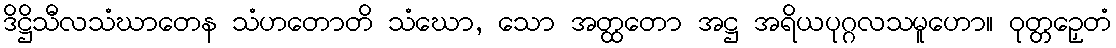
ဒိဋ္ဌိသီလသံဃာတေန သံဟတောတိ သံဃော, သော အတ္ထတော အဋ္ဌ အရိယပုဂ္ဂလသမူဟော။ ဝုတ္တဉှေတံ